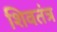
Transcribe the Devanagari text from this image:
शिवतंत्र